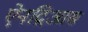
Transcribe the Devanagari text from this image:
ऐनद्रिआस